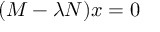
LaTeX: ( M - \lambda N ) x = 0